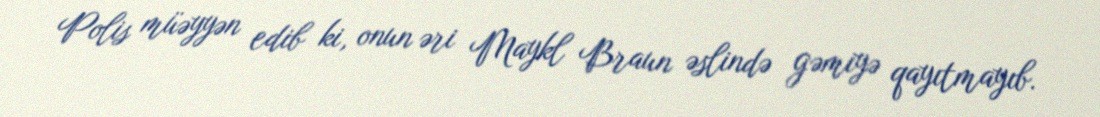
Polis müəyyən edib ki, onun əri Maykl Braun əslində gəmiyə qayıtmayıb.